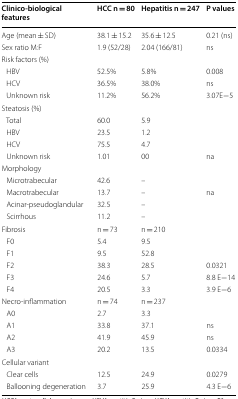
| Clinico-biological features | HCC n = 80 | Hepatitis n = 247 | P values |
 | --- | --- | --- | --- |
 | Age (mean ± SD) | 38.1 ± 15.2 | 35.6 ± 12.5 | 0.21 (ns) |
 | Sex ratio M:F | 1.9 (52/28) | 2.04 (166/81) | ns |
 | <COLSPAN=4> Risk factors (%) |
 | HBV | 52.5% | 5.8% | 0.008 |
 | HCV | 36.5% | 38.0% | ns |
 | Unknown risk | 11.2% | 56.2% | 3.07E−5 |
 | <COLSPAN=4> Steatosis (%) |
 | Total | 60.0 | 5.9 |  |
 | HBV | 23.5 | 1.2 |  |
 | HCV | 75.5 | 4.7 |  |
 | Unknown risk | 1.01 | 00 | na |
 | <COLSPAN=4> Morphology |
 | Microtrabecular | 42.6 | – |  |
 | Macrotrabecular | 13.7 | – | na |
 | Acinar-pseudoglandular | 32.5 | – |  |
 | Scirrhous | 11.2 | – |  |
 | Fibrosis | n = 73 | n = 210 |  |
 | F0 | 5.4 | 9.5 |  |
 | F1 | 9.5 | 52.8 |  |
 | F2 | 38.3 | 28.5 | 0.0321 |
 | F3 | 24.6 | 5.7 | 8.8 E−14 |
 | F4 | 20.5 | 3.3 | 3.9 E−6 |
 | Necro-inflammation | n = 74 | n = 237 |  |
 | A0 | 2.7 | 3.3 |  |
 | A1 | 33.8 | 37.1 | ns |
 | A2 | 41.9 | 45.9 | ns |
 | A3 | 20.2 | 13.5 | 0.0334 |
 | <COLSPAN=4> Cellular variant |
 | Clear cells | 12.5 | 24.9 | 0.0279 |
 | Ballooning degeneration | 3.7 | 25.9 | 4.3 E−6 |